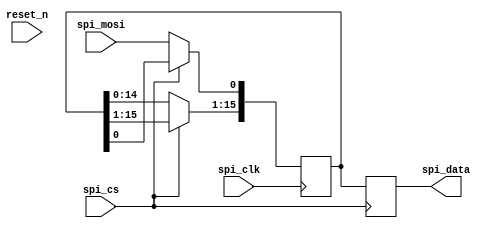
module spi_rx16(
input reset_n,
// spi slave
input spi_cs,
input spi_clk,
input spi_mosi,

output [15:0] spi_data

);
    reg [15:0] data = 16'b0;
    reg [15:0] rx = 16'b0;
    always @(negedge spi_clk ) begin
        //if(reset_n == 1'b0) begin
            //rx <= 16'b0;
        //end else begin 
            if(spi_cs == 1'b0) begin
                rx <= rx << 1;
                rx[0] <= spi_mosi;
            end
        //end
    end

    always @(posedge spi_cs ) begin
        //if(reset_n == 1'b0) begin
            //data <= 16'b0;
        //end else begin 
            data <= rx;
        //end
    end
assign spi_data = data;
endmodule